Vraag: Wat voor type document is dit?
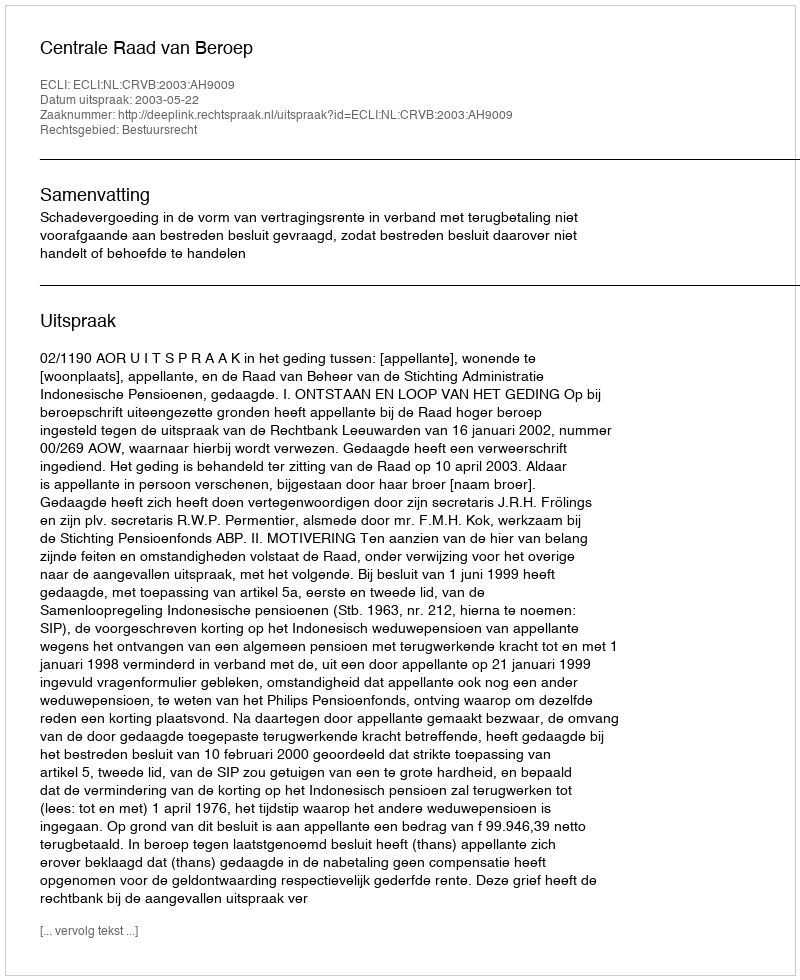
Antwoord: Uitspraak